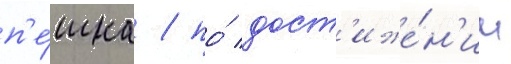
п'е́шка / по́ дост'иже́н'ии